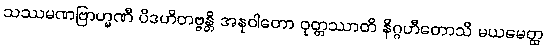
သဿမဏဗြာဟ္မဏီ ပိဒဟိတဗ္ဗန္တိ အနုဝါတော ဝုတ္တဿာတိ နိဂ္ဂဟီတောသိ မယမေတ္ထ